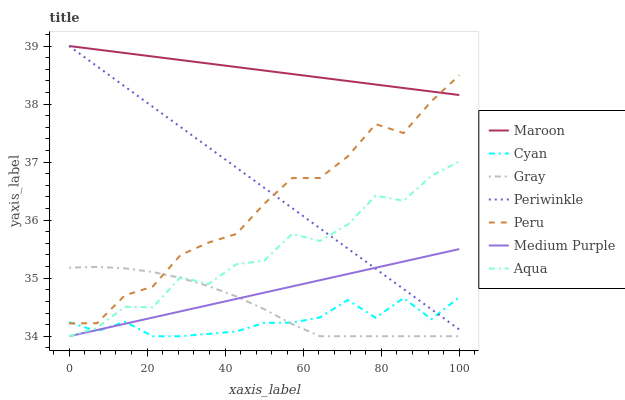
| xaxis_label | Maroon | Cyan | Gray | Periwinkle | Peru | Medium Purple | Aqua |
 | --- | --- | --- | --- | --- | --- | --- | --- |
 | 0 | 39 | 34.2 | 35.2 | 39 | 34.2 | 34 | 34 |
 | 7.14 | 38.9 | 34.1 | 35.2 | 38.7 | 34.2 | 34.1 | 34.1 |
 | 14.3 | 38.9 | 34.3 | 35.2 | 38.3 | 34.7 | 34.2 | 34.5 |
 | 21.4 | 38.8 | 34 | 35.1 | 38 | 34.9 | 34.3 | 34.5 |
 | 28.6 | 38.8 | 34 | 35 | 37.6 | 35.4 | 34.4 | 35 |
 | 35.7 | 38.7 | 34 | 34.9 | 37.3 | 35.6 | 34.5 | 34.9 |
 | 42.9 | 38.6 | 34.1 | 34.7 | 36.9 | 35.8 | 34.6 | 35.2 |
 | 50 | 38.6 | 34.2 | 34.5 | 36.6 | 36.3 | 34.8 | 35.3 |
 | 57.1 | 38.5 | 34.2 | 34.2 | 36.2 | 36.7 | 34.9 | 35.8 |
 | 64.3 | 38.5 | 34.3 | 34 | 35.9 | 36.7 | 35 | 35.6 |
 | 71.4 | 38.4 | 34.6 | 34 | 35.5 | 37.1 | 35.1 | 35.9 |
 | 78.6 | 38.3 | 34.3 | 34 | 35.2 | 37.7 | 35.2 | 36.4 |
 | 85.7 | 38.3 | 34.7 | 34 | 34.8 | 37.5 | 35.3 | 36.3 |
 | 92.9 | 38.2 | 34.3 | 34 | 34.5 | 38 | 35.4 | 36.8 |
 | 100 | 38.2 | 34.7 | 34 | 34.1 | 38.5 | 35.5 | 37 |